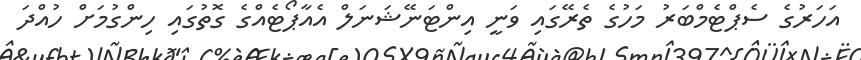
އަހަރުގެ ސެޕްޓެމްބަރު މަހުގެ ތެރޭގައި ވަނީ އިންޓަނޭޝަނަލް އެއާޕޯޓެއްގެ ގޮތުގައި ހިންގުމަށް ހުއްދަ